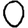
Digit: 0